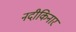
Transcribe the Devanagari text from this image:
नदीकिनार